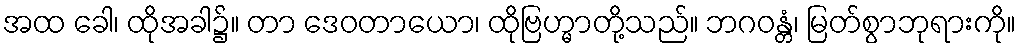
အထ ခေါ၊ ထိုအခါ၌။ တာ ဒေဝတာယော၊ ထိုဗြဟ္မာတို့သည်။ ဘဂဝန္တံ၊ မြတ်စွာဘုရားကို။